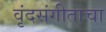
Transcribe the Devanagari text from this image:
वृंदसंगीताचा